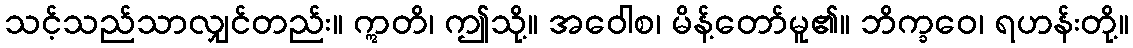
သင့်သည်သာလျှင်တည်း။ ဣတိ၊ ဤသို့။ အဝေါစ၊ မိန့်တော်မူ၏။ ဘိက္ခဝေ၊ ရဟန်းတို့။